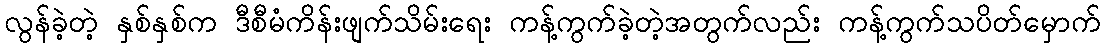
လွန်ခဲ့တဲ့ နှစ်နှစ်က ဒီစီမံကိန်းဖျက်သိမ်းရေး ကန့်ကွက်ခဲ့တဲ့အတွက်လည်း ကန့်ကွက်သပိတ်မှောက်